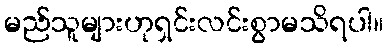
မည်သူများဟုရှင်းလင်းစွာမသိရပါ။